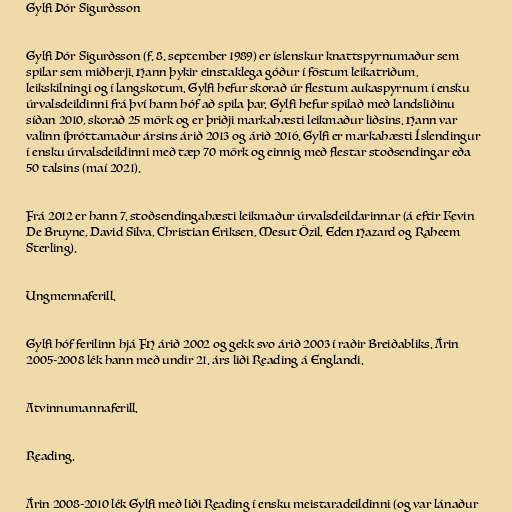
Gylfi Þór Sigurðsson

Gylfi Þór Sigurðsson (f. 8. september 1989) er íslenskur knattspyrnumaður sem
spilar sem miðherji. Hann þykir einstaklega góður í föstum leikatriðum,
leikskilningi og í langskotum. Gylfi hefur skorað úr flestum aukaspyrnum í ensku
úrvalsdeildinni frá því hann hóf að spila þar. Gylfi hefur spilað með landsliðinu
síðan 2010, skorað 25 mörk og er þriðji markahæsti leikmaður liðsins. Hann var
valinn íþróttamaður ársins árið 2013 og árið 2016. Gylfi er markahæsti Íslendingur
í ensku úrvalsdeildinni með tæp 70 mörk og einnig með flestar stoðsendingar eða
50 talsins (maí 2021).

Frá 2012 er hann 7. stoðsendingahæsti leikmaður úrvalsdeildarinnar (á eftir Kevin
De Bruyne, David Silva, Christian Eriksen, Mesut Özil, Eden Hazard og Raheem
Sterling).

Ungmennaferill.

Gylfi hóf ferilinn hjá FH árið 2002 og gekk svo árið 2003 í raðir Breiðabliks. Árin
2005-2008 lék hann með undir 21. árs liði Reading á Englandi.

Atvinnumannaferill.

Reading.

Árin 2008-2010 lék Gylfi með liði Reading í ensku meistaradeildinni (og var lánaður